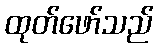
ထုတ်ဖော်သည်